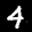
Label: 4